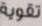
تقوية